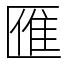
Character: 𠥔